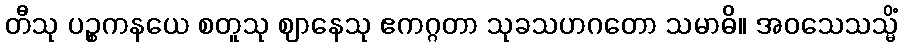
တီသု ပဉ္စကနယေ စတူသု ဈာနေသု ဧကဂ္ဂတာ သုခသဟဂတော သမာဓိ။ အဝသေသသ္မိံ